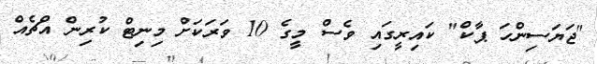
"ޖަޔަސިންހަ ޕާކް" ކައިރީގައި ވެސް މީގެ 10 ވަރަކަށް މިނިޓް ކުރިން އްޗެއް